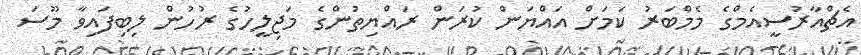
އެޗްއާރުސީއެމްގެ މެމްބަރު ކަމަށް އައްޔަން ކުރަން ރައްޔިތުންގެ މަޖިލީހުގެ ރުހުން ލިބިފައިވާ މޫސަ